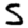
Digit: 5